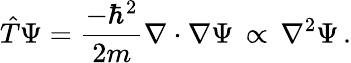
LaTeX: {\hat{T}}\Psi={\frac{-\hbar^{2}}{2m}}\nabla\cdot\nabla\Psi\, \propto\, \nabla^{2}\Psi\, .